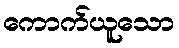
ကောက်ယူသော